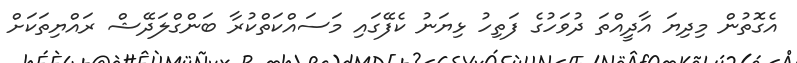
އެގޮތުން މިދިޔަ އާދީއްތަ ދުވަހުގެ ފަތިހު ޅިޔަނު ކެފޭގައި މަސައްކަތްކުރާ ބަންގްލަދޭޝް ރައްޔިތަކަށް